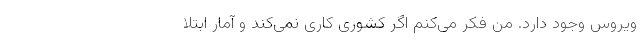
ویروس وجود دارد. من فکر می‌کنم اگر کشوری کاری نمی‌کند و آمار ابتلا